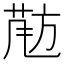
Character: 𱡵